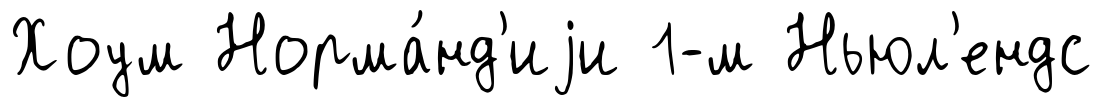
Хоум Норма́нд'иjи 1-м Ньюл'ендс